Civil Veterinary Dept. Bombay admin report 1893-99 - 1893-1899
Year: 1893
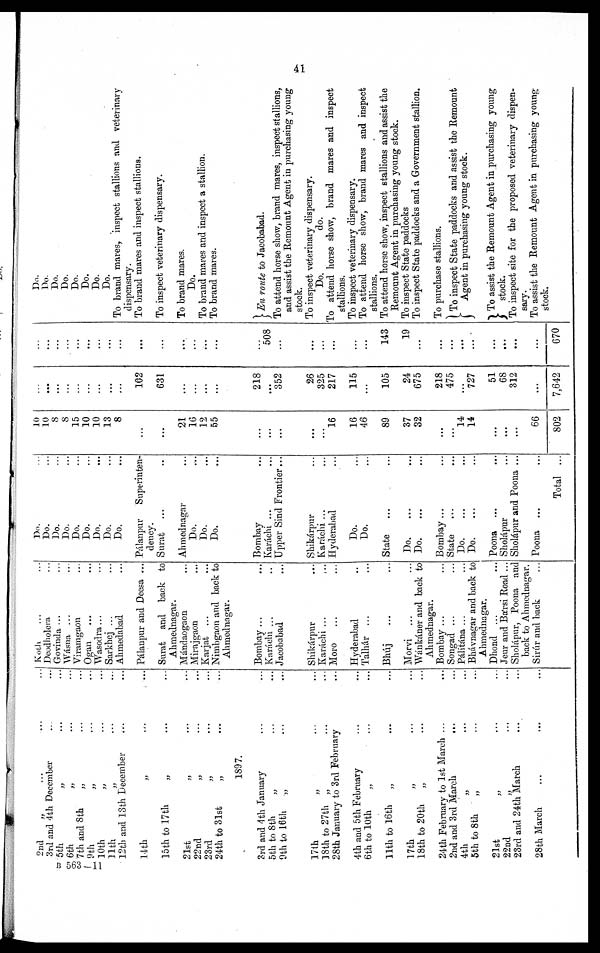
41
2nd „ ... ... ...
3rd and 4th December ... ...
5th „ ... ...
6th
„ ... ...
7th and 8th
„ ... ...
9th
„ ... ...
10th
„ ... ...
11
„ ... ...
12th and 13th December ... ...
14th „ ... ...
15th to 17th
„ ... ...
21st
„ ... ...
22nd
„ ... ...
23rd
„ ... ...
24th to 31st „ ... ...
1897.
3rd and 4th January ... ...
5th to 8th
„ ... ...
9th to 16th
„ ... ...
17th „ ... ...
18th to 27th „ ... ...
28th January to 3rd February ...
4th and 5th February ... ...
6th to 10th
„
...
...
11th to 16th
„ ... ...
17th „ ... ...
18th to 20th
„ ... ...
24th February to 1st March ... ...
2nd and 3rd March ... ...
4th
„ ... ...
5th to 8th
„ ... ...
21st „ ... ...
22nd
„ ... ...
23rd and 24th March ... ...
28th March ... ... ...
Koth ... ...
Deodholera ...
Govinda ... ...
Wásna ... ...
Viramgaon ...
Ogan ... ...
Wasodra ... ...
Sarkhej ... ...
Ahmedabad ...
Pálanpur and Deesa ...
Surat and back to
Ahmednagar.
Mándaogaon ...
Mirajgaon ...
Karjat ... ...
Nimbgaon and back to
Ahmednagar.
Bombay ... ...
Karáchi ... ...
Jacobabad ...
Shikarpur ...
Karáchi ... ...
Moro ... ...
Hyderabad ...
Talhár ... ...
Bhúj
... ...
Morvi ... ...
Wánkáner and back to
Ahmednagar.
Bombay ... ...
Songad ... ...
Pálitána ... ...
Bháynagar and back to
Ahmednagar.
Dhond ...
Jeur and Bársi Road ...
Sholápur, Poona and
back to Ahmednagar.
Sirúr and back ...
Do. ...
Do. ...
Do. ...
Do. ...
Do. ...
Do. ...
Do. ...
Do. ...
Do. ...
Pálanpur Superinten-
dency.
Surat ... ...
Ahmednagar ...
Do. ...
Do. ...
Do. ...
Bombay ...
Karáchi ... ...
Upper Sind Frontier...
Shikárpur ...
Karáchi ... ...
Hyderabad ...
Do. ...
Do. ...
State
... ...
Do. ... ...
Do. ... ...
Bombay... ...
State ... ...
Do. ... ...
Do.
... ...
Poona ... ...
Sholápur ...
Sholápur and Poona ...
Poona ... ...
Total ...
10
10
8
8
15
10
10
13
8
...
...
21
16
12
55
...
...
...
...
...
16
16
46
89
37
32
...
...
14
14
...
...
...
66
802
...
...
...
...
...
...
...
...
...
102
631
...
...
...
...
218
...
352
26
325
217
115
...
105
24
675
218
475
... 727
51
68
312
...
7,642
...
...
...
...
...
...
...
...
...
...
...
...
...
...
...
...
508
...
...
...
...
...
...
143
19
...
...
...
...
...
...
...
...
...
670
Do.
Do.
Do.
Do.
Do.
Do.
Do.
Do.
To brand mares, inspect stallions and veterinary
dispensary.
To brand mares and inspect stallions.
To inspect veterinary dispensary.
To brand mares.
Do.
To brand mares and inspect a stallion.
To brand mares.
En route to Jacobabad.
To attend horse show, brand mares, inspect stallions,
and assist the Remount Agent in purchasing young
stock.
To inspect veterinary dispensary.
Do.
do.
To attend horse show, brand mares and inspect
stallions.
To inspect veterinary dispensary.
To attend horse show, brand mares and inspect
stallions.
To attend horse show, inspect stallions and assist the
Remount Agent in purchasing young stock.
To inspect State paddocks
To inspect State paddocks and a Government stallion.
To purchase stallions.
To inspect State paddocks and assist the Remount
Agent in purchasing young stock.
To assist the Remount Agent in purchasing young
stock.
To inspect site for the proposed veterinary dispen-
sary.
To assist the Remount Agent in purchasing young
stock.
B 563—11